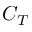
C _ { T }